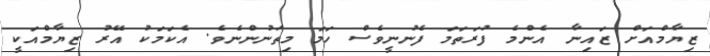
ޒިޔާމްއަށް ޒައިނާ އެންމެ ފުރަތަމަ ފެނުނީވެސް ހަމަ މިތަނުންނެވެ. އެކަމަކު އޭރު ޒިޔާމްއަކީ